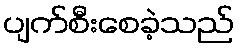
ပျက်စီးစေခဲ့သည်